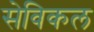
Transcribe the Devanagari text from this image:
सेविकल